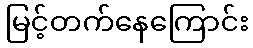
မြင့်တက်နေကြောင်း